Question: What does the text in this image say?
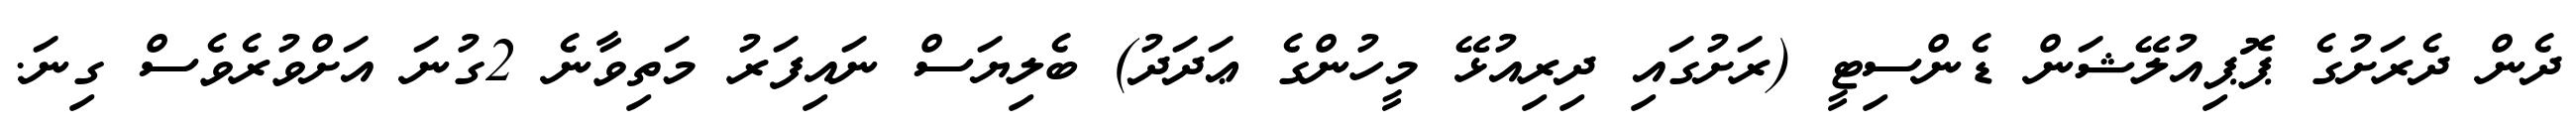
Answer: ދެން ދެރަށުގެ ޕޮޕިއުލޭޝަން ޑެންސިޓީ (ރަށުގައި ދިރިއުޅޭ މީހުންގެ ޢަދަދު) ބެލިޔަސް ނައިފަރު މަތިވާނެ 2ގުނަ އަށްވުރެވެސް ގިނަ.